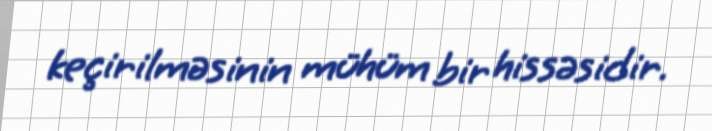
keçirilməsinin mühüm bir hissəsidir.